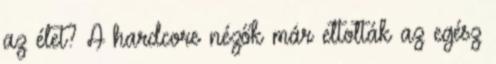
az élet? A hardcore nézők már eltolták az egész